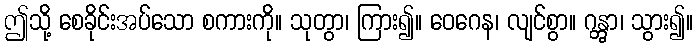
ဤသို့ စေခိုင်းအပ်သော စကားကို။ သုတွာ၊ ကြား၍။ ဝေဂေန၊ လျင်စွာ။ ဂန္တွာ၊ သွား၍။